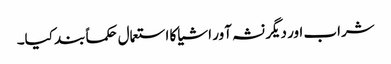
شراب اور دیگر نشہ آور اشیا کا استعمال حکماً بند کیا۔